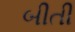
બીતી